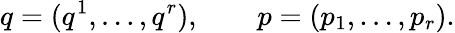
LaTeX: q=(q^{1},\ldots,q^{r}),\qquad p=(p_{1},\ldots,p_{r}).